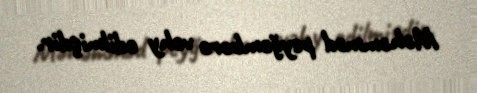
Məhəmməd peyğəmbərə vəhy edilmişdir.